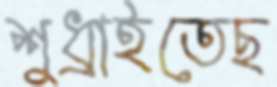
শুধ্‌রাইতেছ